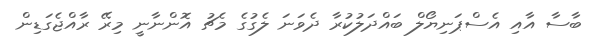
ބާސާ އާއި އެސްޕަނިޔޯލް ބައްދަލުކުރާ ދެވަނަ ލެގުގެ މެޗު އޮންނާނީ މިރޭ ރާއްޖެގަޑިން